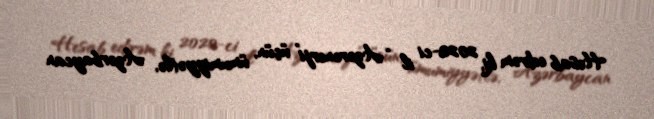
Hesab edirəm ki, 2020-ci il “Azərenerji” üçün, ümumiyyətlə, Azərbaycan